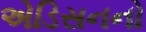
એડિસનનો